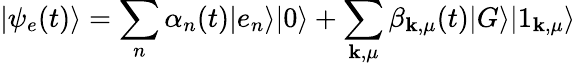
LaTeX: \vert\psi_{e}(t)\rangle=\sum_{n}\alpha_{n}(t)\vert e_{n}\rangle\vert 0\rangle+\sum_{\mathbf{k},\mu}\beta_{\mathbf{k},\mu}(t)\vert G\rangle\vert 1_{\mathbf{k},\mu}\rangle